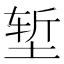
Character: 堑